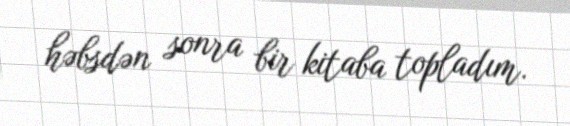
həbsdən sonra bir kitaba topladım.